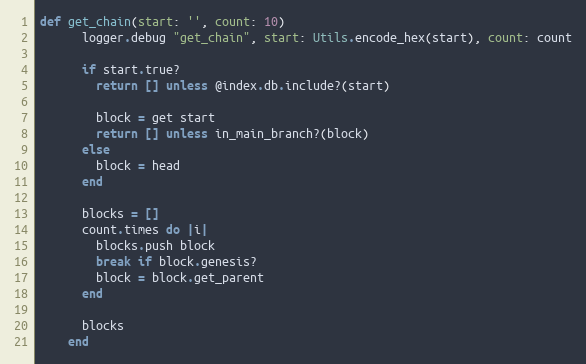
Language: Ruby
def get_chain(start: '', count: 10)
      logger.debug "get_chain", start: Utils.encode_hex(start), count: count

      if start.true?
        return [] unless @index.db.include?(start)

        block = get start
        return [] unless in_main_branch?(block)
      else
        block = head
      end

      blocks = []
      count.times do |i|
        blocks.push block
        break if block.genesis?
        block = block.get_parent
      end

      blocks
    end